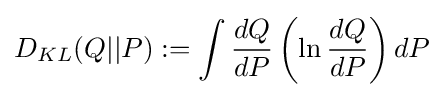
D_{KL}(Q||P):=\int {\frac {dQ}{dP}}\left(\ln {\frac {dQ}{dP}}\right)dP